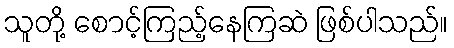
သူတို့ စောင့်ကြည့်နေကြဆဲ ဖြစ်ပါသည်။